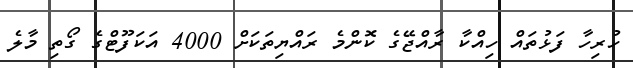
ހުރިހާ ފަޅުތައް ހިއްކާ ރާއްޖޭގެ ކޮންމެ ރައްޔިތަކަށް 4000 އަކަފޫޓްގެ ގޯތި މާލެ